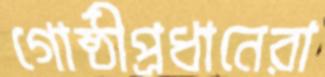
গোষ্ঠীপ্রধানেরা